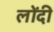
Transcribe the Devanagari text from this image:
लोंदी